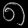
Digit: ၈